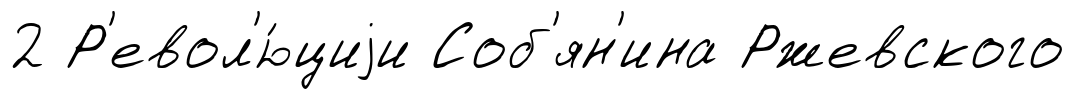
2 Р'евол'ю́циjи Соб'ян'ина Ржевского